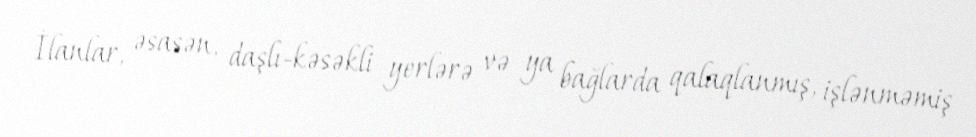
İlanlar, əsasən, daşlı-kəsəkli yerlərə və ya bağlarda qalaqlanmış, işlənməmiş